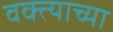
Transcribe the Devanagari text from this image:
वक्त्याच्या